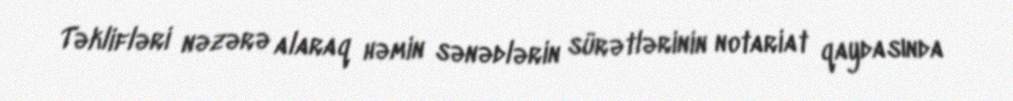
Təklifləri nəzərə alaraq həmin sənədlərin sürətlərinin notariat qaydasında